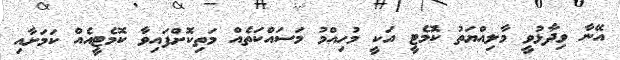
އޭނާ ވިދާޅުވީ މާލިއްޔަތު ކޮމެޓީ އަކީ މުހިއްމު މަސައްކަތެއް މަތިކޮށްފައިވާ ކޮމެޓީއެއް ކަމަށާއި